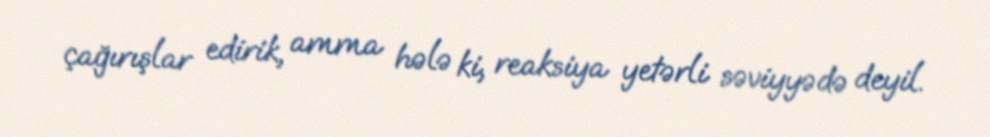
çağırışlar edirik, amma hələ ki, reaksiya yetərli səviyyədə deyil.